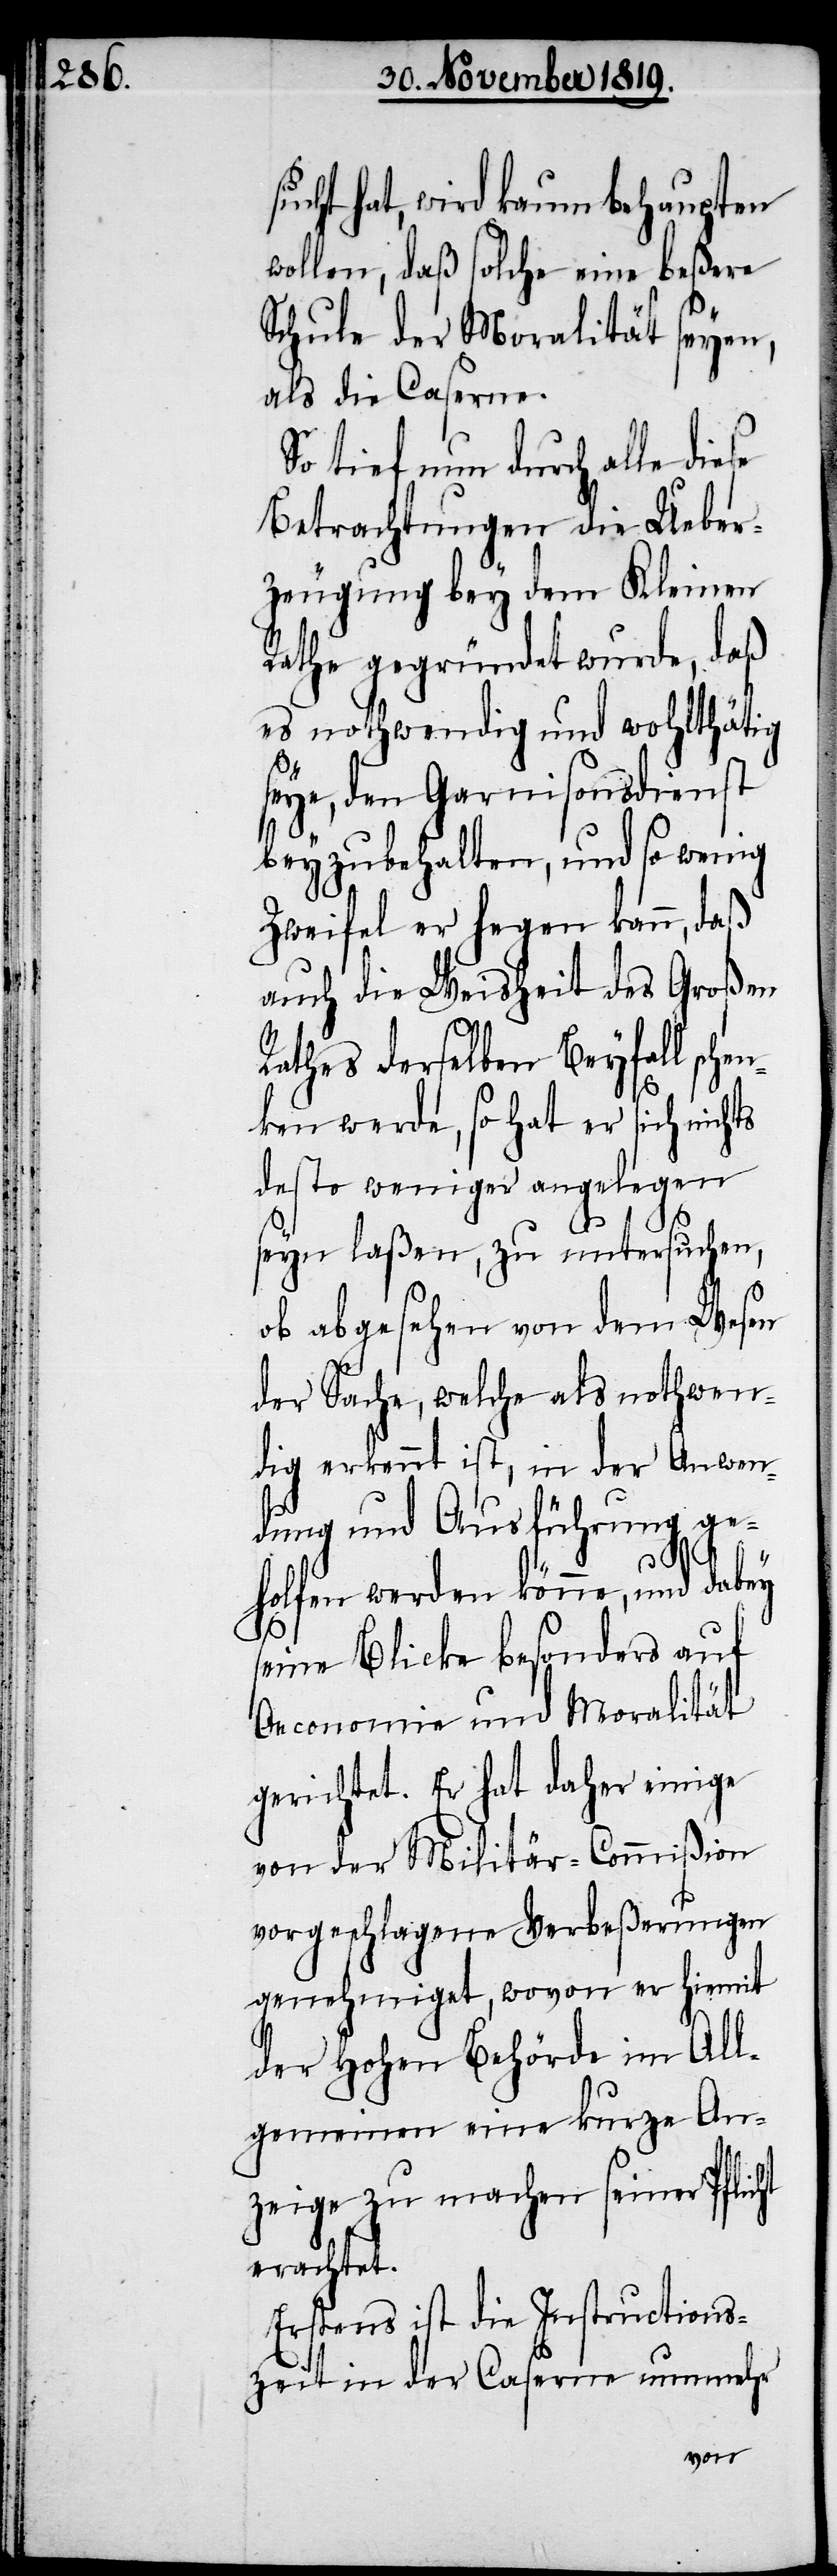
sucht hat, wird kaum behaupten
wollen, daß solche eine beßere
Schule der Moralität seyen,
als die Caserne.
So tief nun durch alle diese
Betrachtungen die Ueber¬
zeugung bey dem Kleinen
Rathe gegründet wurde, daß
es nothwendig und wohlthätig
seye, den Garnisonsdienst
beyzubehalten, und so wenig
Zweifel er hegen kann, daß
auch die Weisheit des Großen
Rathes derselben Beyfall sche¬
nken werde, so hat er sich nicht
desto weniger angelegen
seyn laßen, zu untersuchen,
ob abgesehen von dem Wesen
der Sache, welche als nothwen¬
dig erkennt ist, in der Anwen¬
dung und Ausführung ge¬
holfen werden könne, und dabey
seine Blicke besonders auf
Oeconomie und Moralität
gerichtet. Er hat daher einige
von der Militär-Commißion
vorgeschlagene Verbeßerungen
genehmiget, wovon er hiemit
der hohen Behörde im All¬
gemeinen eine kurze An¬
zeige zu machen seiner Pflicht
erachtet.
Erstens ist die Instructions¬
zeit in der Caserne nunmehr